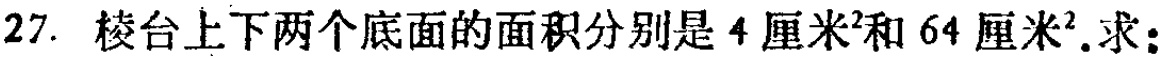
27. 棱台上下两个底面的面积分别是\(4厘米^{2}\)和\(64厘米^{2}\).求：